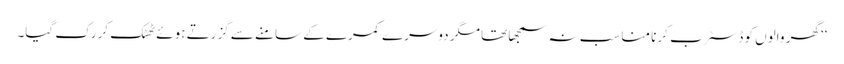
‘‘ گھر والوں کو ڈسٹرب کرنا مناسب نہ سمجھا تھا مگر دوسرے کمرے کے سامنے سے گزرتے ہوئے ٹھٹک کر رک گیا۔